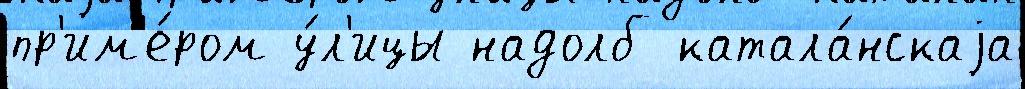
пр'им'е́ром у́л'ицы надолб катала́нскаjа